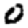
Digit: 0